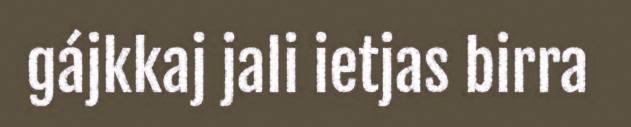
gájkkaj jali ietjas birra